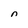
Character: n